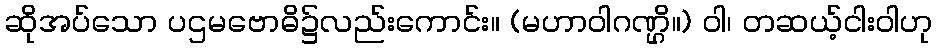
ဆိုအပ်သော ပဌမဗောဓိ၌လည်းကောင်း။ (မဟာဝါဂဏ္ဌိ။) ဝါ၊ တဆယ့်ငါးဝါဟု